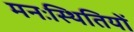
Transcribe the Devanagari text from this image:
मनःस्थितियों